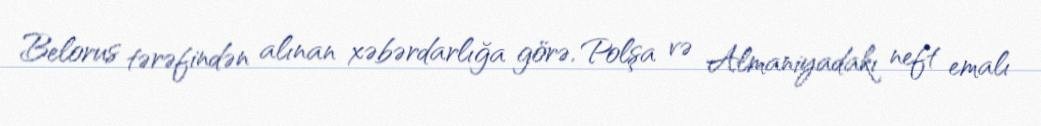
Belorus tərəfindən alınan xəbərdarlığa görə, Polşa və Almaniyadakı neft emalı